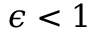
\epsilon < 1